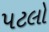
પટલો